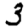
Digit: 3